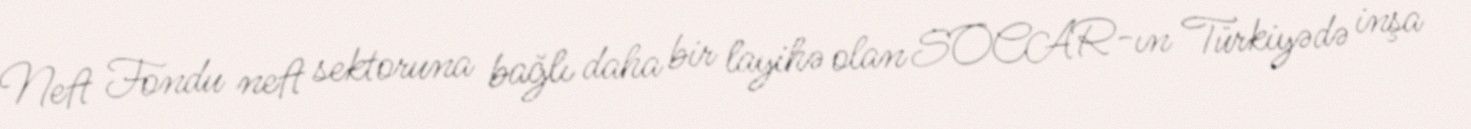
Neft Fondu neft sektoruna bağlı daha bir layihə olan SOCAR-ın Türkiyədə inşa